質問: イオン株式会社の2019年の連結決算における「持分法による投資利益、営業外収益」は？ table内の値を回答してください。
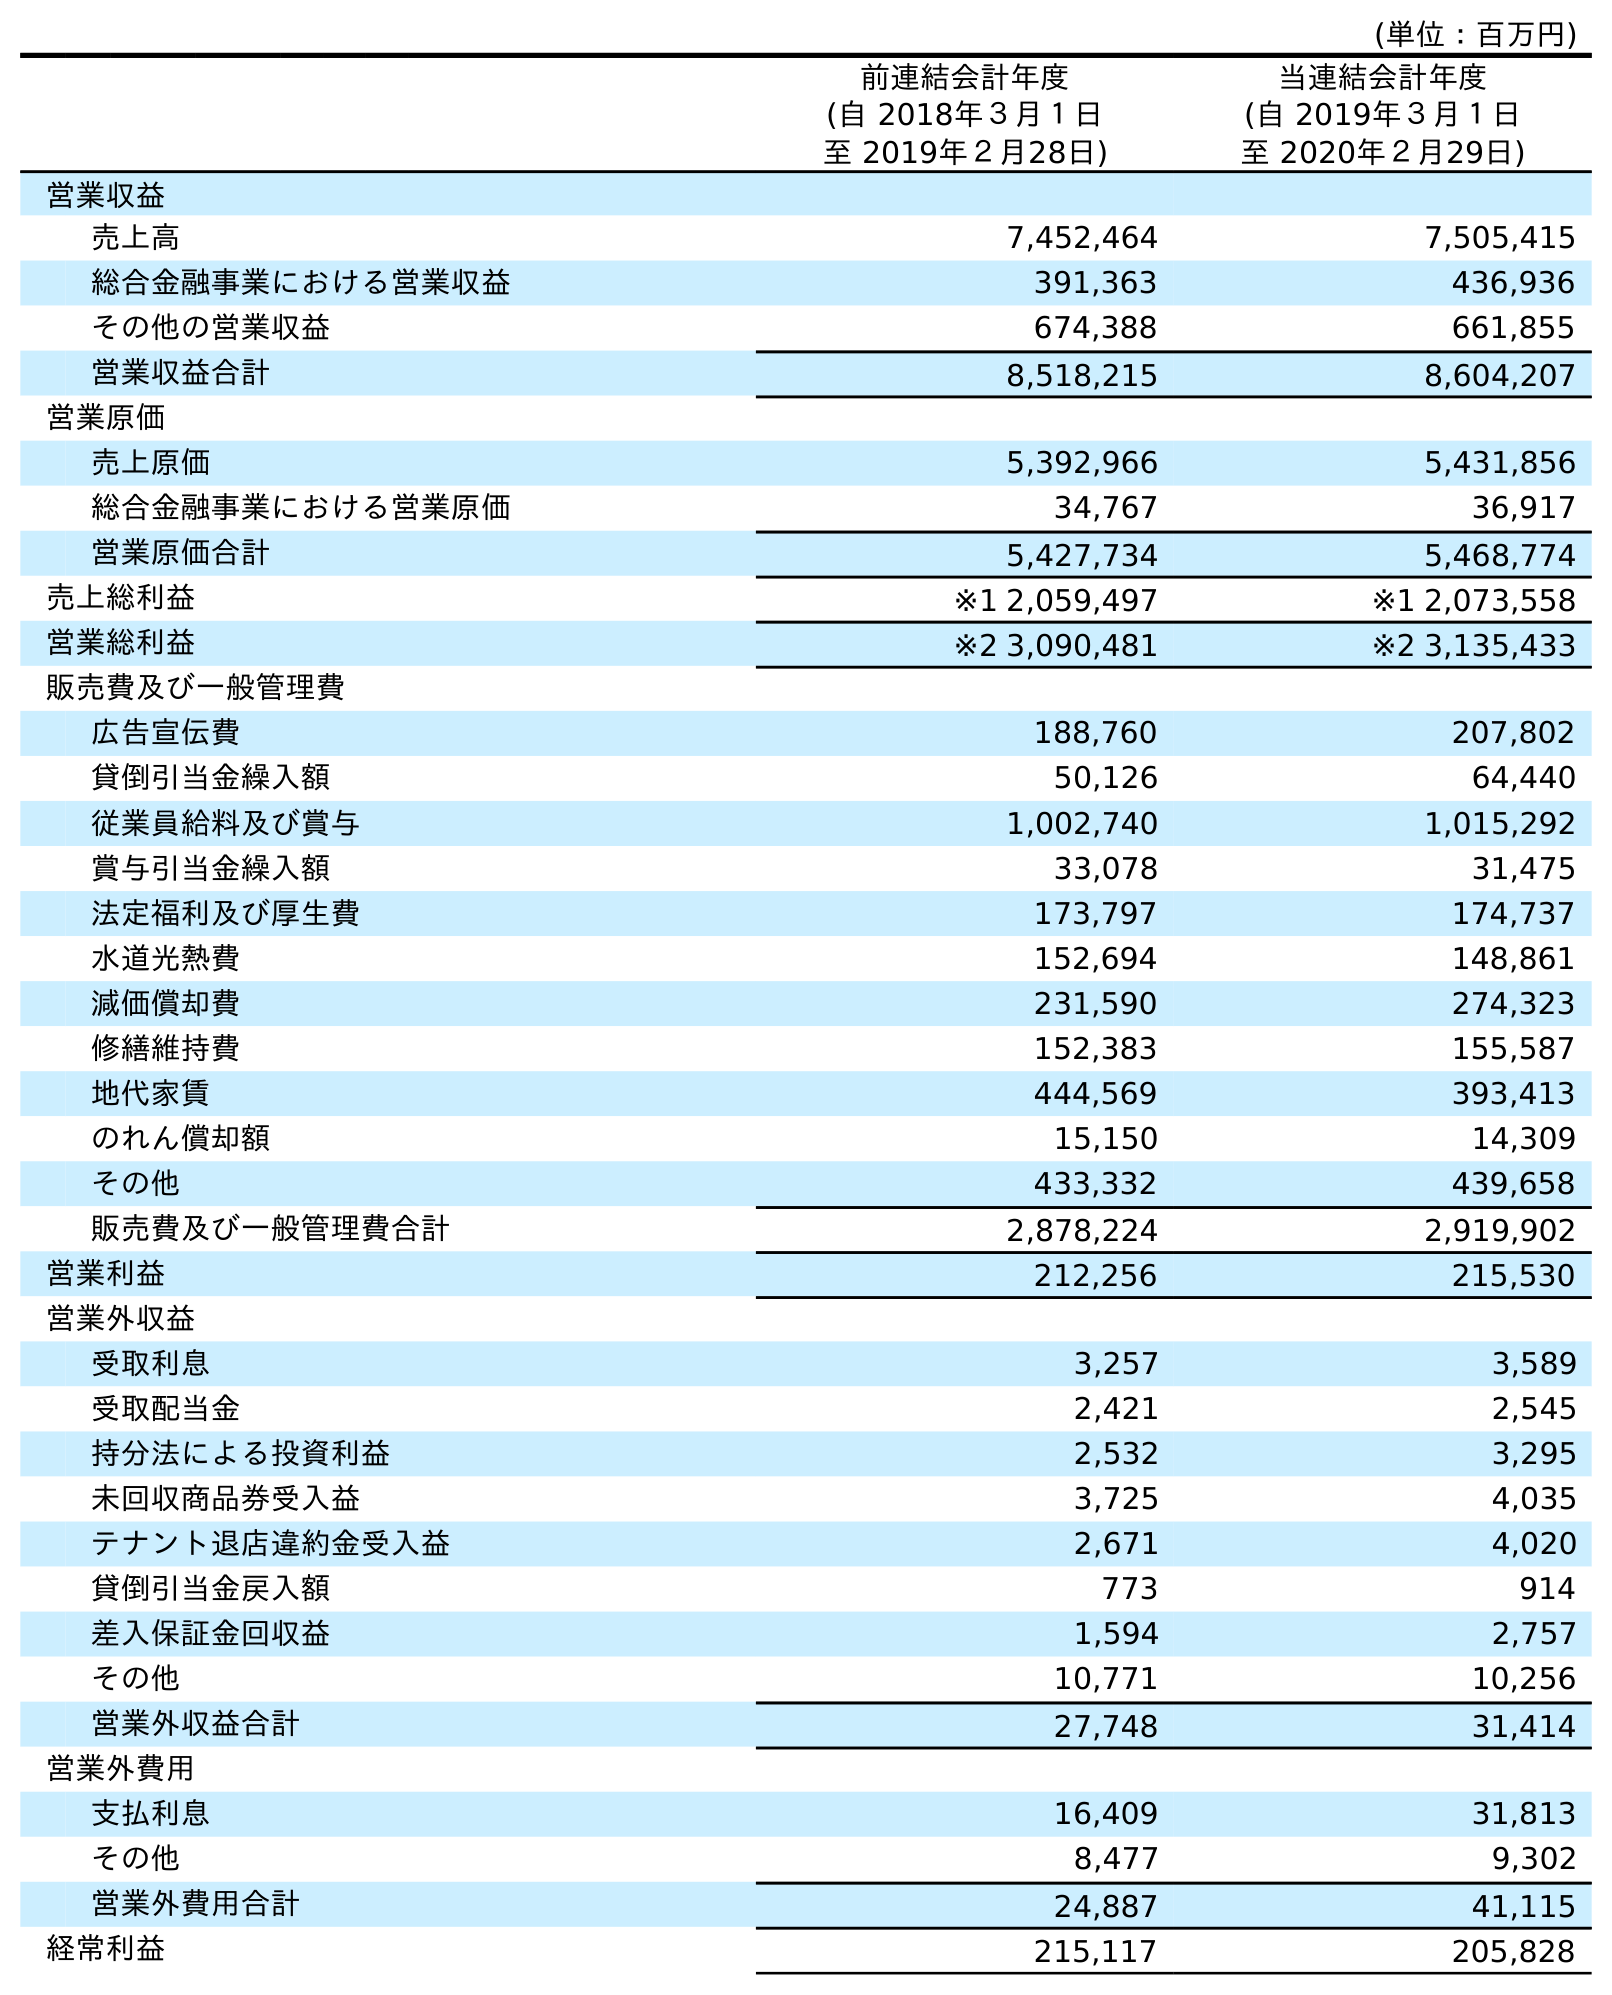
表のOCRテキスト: (単位：百万円) 前連結会計年度 (自 2018年３月１日 至 2019年２月28日) 当連結会計年度 (自 2019年３月１日 至 2020年２月29日) 営業収益 売上高 7,452,464 7,505,415 総合金融事業における営業収益 391,363 436,936 その他の営業収益 674,388 661,855 営業収益合計 8,518,215 8,604,207 営業原価 売上原価 5,392,966 5,431,856 総合金融事業における営業原価 34,767 36,917 営業原価合計 5,427,734 5,468,774 売上総利益 ※1 2,059,497 ※1 2,073,558 営業総利益 ※2 3,090,481 ※2 3,135,433 販売費及び一般管理費 広告宣伝費 188,760 207,802 貸倒引当金繰入額 50,126 64,440 従業員給料及び賞与 1,002,740 1,015,292 賞与引当金繰入額 33,078 31,475 法定福利及び厚生費 173,797 174,737 水道光熱費 152,694 148,861 減価償却費 231,590 274,323 修繕維持費 152,383 155,587 地代家賃 444,569 393,413 のれん償却額 15,150 14,309 その他 433,332 439,658 販売費及び一般管理費合計 2,878,224 2,919,902 営業利益 212,256 215,530 営業外収益 受取利息 3,257 3,589 受取配当金 2,421 2,545 持分法による投資利益 2,532 3,295 未回収商品券受入益 3,725 4,035 テナント退店違約金受入益 2,671 4,020 貸倒引当金戻入額 773 914 差入保証金回収益 1,594 2,757 その他 10,771 10,256 営業外収益合計 27,748 31,414 営業外費用 支払利息 16,409 31,813 その他 8,477 9,302 営業外費用合計 24,887 41,115 経常利益 215,117 205,828
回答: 2,532